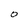
Character: O